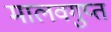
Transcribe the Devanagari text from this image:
मालवगुप्त